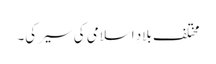
مختلف بلادِ اسلامی کی سیر کی۔